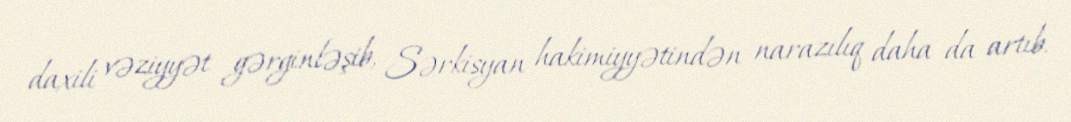
daxili vəziyyət gərginləşib, Sərkisyan hakimiyyətindən narazılıq daha da artıb.